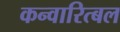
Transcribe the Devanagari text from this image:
कन्वारित्बल